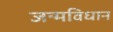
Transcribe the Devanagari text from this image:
जन्मविधान